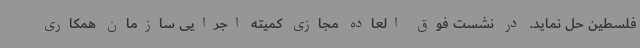
فلسطین حل نماید. در نشست فوق العاده مجازی کمیته اجرایی سازمان همکاری